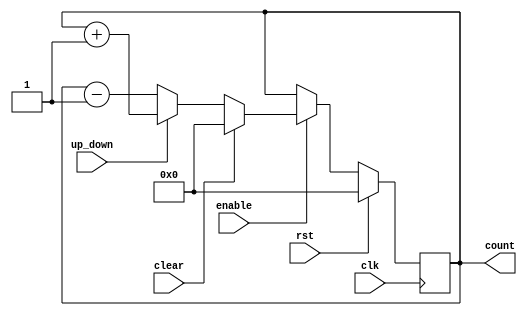
module UpDownCounter (
    input clk,        // Clock signal
    input rst,        // Reset signal
    input enable,     // Enable signal
    input up_down,    // Up/Down control signal
    input clear,      // Clear signal
    output reg [7:0] count    // 8-bit counter output
);

always @(posedge clk) begin
    if (rst) begin
        count <= 8'b00000000; // Reset counter to 0
    end else if (enable) begin
        if (clear) begin
            count <= 8'b00000000; // Clear counter to 0
        end else begin
            if (up_down) begin
                count <= count + 1; // Increment counter by 1
            end else begin
                count <= count - 1; // Decrement counter by 1
            end
        end
    end
end

endmodule